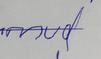
Signature authenticity: forged